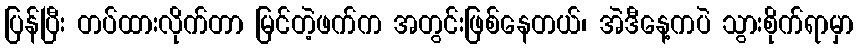
ပြန်ပြီး တပ်ထားလိုက်တာ မြင်တဲ့ဖက်က အတွင်းဖြစ်နေတယ်၊ အဲဒီနေ့ကပဲ သွားစိုက်ရာမှာ